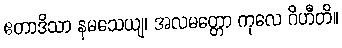
ဧတာဒိသာ နမသေယျ၊ အလမတ္တော ကုလေ ဂိဟီတိ။